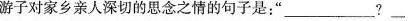
游子对家乡亲人深切的思念之情的句子是：”___?___